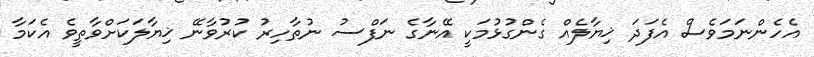
އެހެންނަމަވެސް އެފަދަ ޚިޔާލެއް ގެންގުޅުމަކީ އޭނާގެ ނަފްސު ނުތާހިރު ކުރުވާނޭ ޚިޔާލަކަށްވާތީވެ އެކަމާ